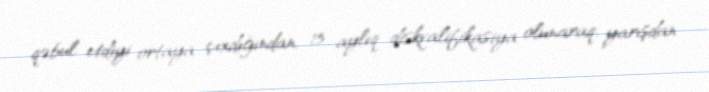
qəbul etdiyi ortaya çıxdığından, 15 aylıq diskvalifikasiya olunaraq, yarışdan